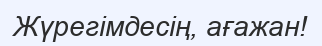
Жүрегімдесің, ағажан!